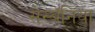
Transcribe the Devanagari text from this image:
सेस्बॅनिया